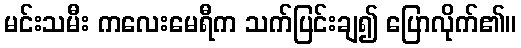
မင်းသမီး ကလေးမေရီက သက်ပြင်းချ၍ ပြောလိုက်၏။